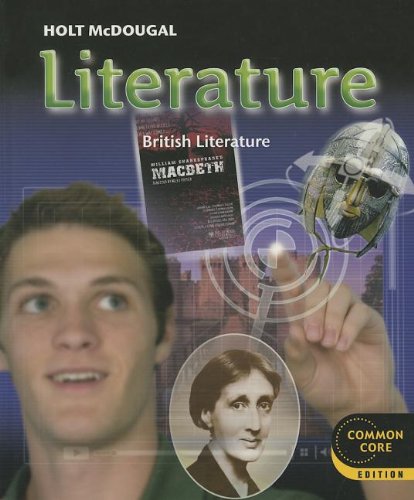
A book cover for Holt McDougal Literature: Student Edition Grade 12 British Literature 2012; HOLT MCDOUGAL; Teen & Young Adult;